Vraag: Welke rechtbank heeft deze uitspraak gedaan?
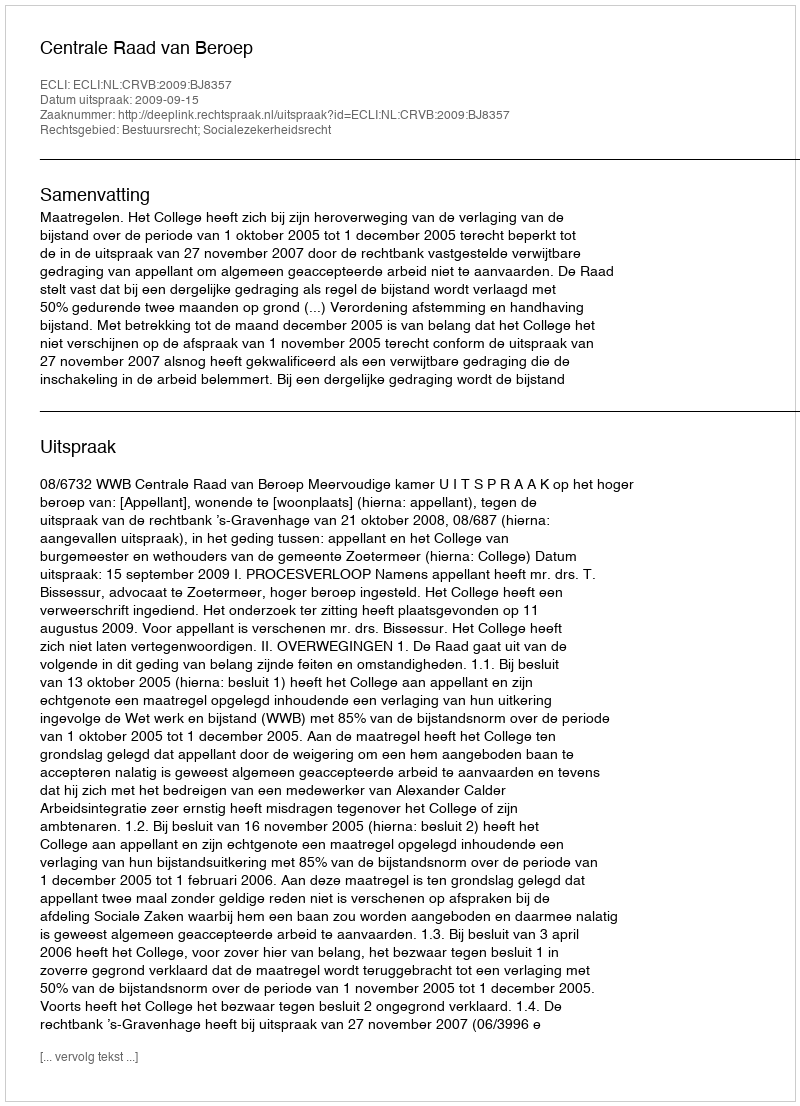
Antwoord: Centrale Raad van Beroep